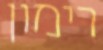
רימון